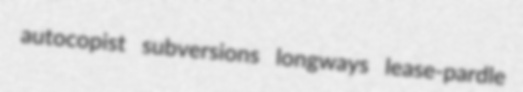
autocopist subversions longways lease-pardle